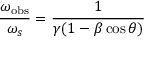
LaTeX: { \frac { \omega _ { \mathrm { o b s } } } { \omega _ { s } } } = { \frac { 1 } { \gamma ( 1 - \beta \cos \theta ) } }